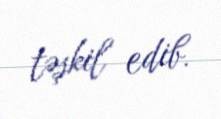
təşkil edib.